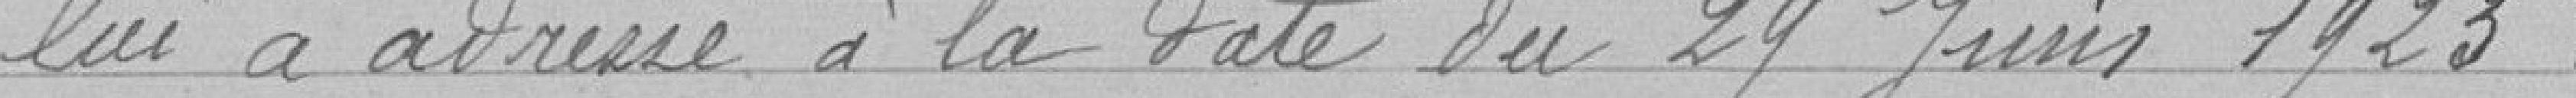
lui a adressé à la date du 29 juin 1923: